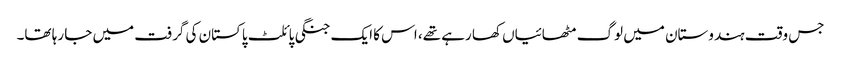
جس وقت ہندوستان میں لوگ مٹھائیاں کھا رہے تھے، اس کا ایک جنگی پائلٹ پاکستان کی گرفت میں جا رہا تھا۔